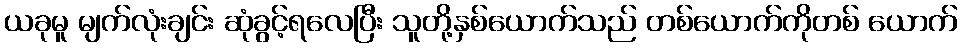
ယခုမူ မျက်လုံးချင်း ဆုံခွင့်ရလေပြီး သူတို့နှစ်ယောက်သည် တစ်ယောက်ကိုတစ် ယောက်